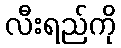
လီးရည်ကို